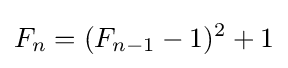
F_{n}=(F_{n-1}-1)^{2}+1